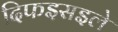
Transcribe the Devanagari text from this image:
दिफइसइले